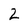
Character: 2